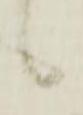
候